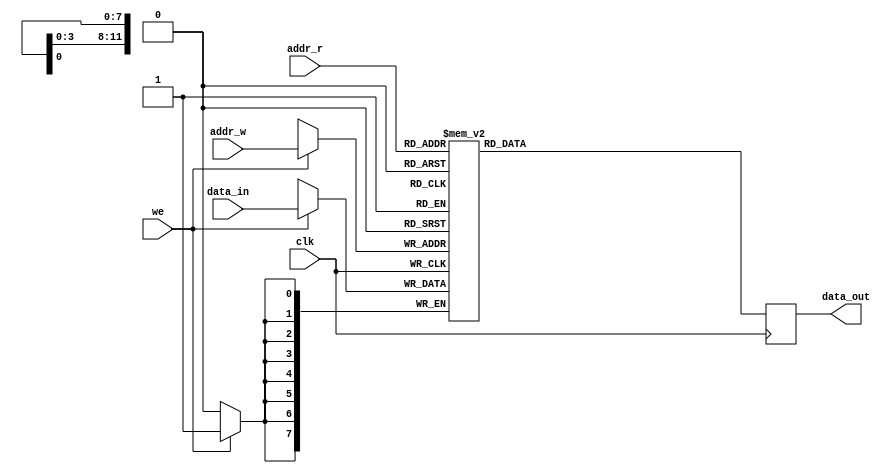
// SPDX-License-Identifier: BSD-2-Clause
// Copyright (c) 2015 miya All rights reserved.

// ver. 2024/06/01

module rw_port_ram
  #(
    parameter DATA_WIDTH = 8,
    parameter ADDR_WIDTH = 12,
    parameter RAM_TYPE = "auto"
    )
  (
   input wire                    clk,
   input wire [(ADDR_WIDTH-1):0] addr_r,
   input wire [(ADDR_WIDTH-1):0] addr_w,
   input wire [(DATA_WIDTH-1):0] data_in,
   input wire                    we,
   output reg [(DATA_WIDTH-1):0] data_out
   );

  generate
    if (RAM_TYPE == "xi_distributed")
      begin: gen
        (* ram_style = "distributed" *) reg [DATA_WIDTH-1:0] ram [0:(1 << ADDR_WIDTH)-1];
        always @(posedge clk)
          begin
            data_out <= ram[addr_r];
            if (we)
              begin
                ram[addr_w] <= data_in;
              end
          end
      end
    else if (RAM_TYPE == "xi_block")
      begin: gen
        (* ram_style = "block" *) reg [DATA_WIDTH-1:0] ram [0:(1 << ADDR_WIDTH)-1];
        always @(posedge clk)
          begin
            data_out <= ram[addr_r];
            if (we)
              begin
                ram[addr_w] <= data_in;
              end
          end
      end
    else if (RAM_TYPE == "xi_register")
      begin: gen
        (* ram_style = "register" *) reg [DATA_WIDTH-1:0] ram [0:(1 << ADDR_WIDTH)-1];
        always @(posedge clk)
          begin
            data_out <= ram[addr_r];
            if (we)
              begin
                ram[addr_w] <= data_in;
              end
          end
      end
    else if (RAM_TYPE == "xi_ultra")
      begin: gen
        (* ram_style = "ultra" *) reg [DATA_WIDTH-1:0] ram [0:(1 << ADDR_WIDTH)-1];
        always @(posedge clk)
          begin
            data_out <= ram[addr_r];
            if (we)
              begin
                ram[addr_w] <= data_in;
              end
          end
      end
    else if (RAM_TYPE == "al_logic")
      begin: gen
        (* ramstyle = "logic" *) reg [DATA_WIDTH-1:0] ram [0:(1 << ADDR_WIDTH)-1];
        always @(posedge clk)
          begin
            data_out <= ram[addr_r];
            if (we)
              begin
                ram[addr_w] <= data_in;
              end
          end
      end
    else if (RAM_TYPE == "al_mlab")
      begin: gen
        (* ramstyle = "MLAB" *) reg [DATA_WIDTH-1:0] ram [0:(1 << ADDR_WIDTH)-1];
        always @(posedge clk)
          begin
            data_out <= ram[addr_r];
            if (we)
              begin
                ram[addr_w] <= data_in;
              end
          end
      end
    else
      begin: gen
        reg [DATA_WIDTH-1:0] ram [0:(1 << ADDR_WIDTH)-1];
        always @(posedge clk)
          begin
            data_out <= ram[addr_r];
            if (we)
              begin
                ram[addr_w] <= data_in;
              end
          end
      end
  endgenerate

endmodule